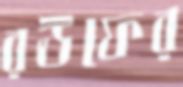
রঊফের